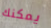
يمكنك